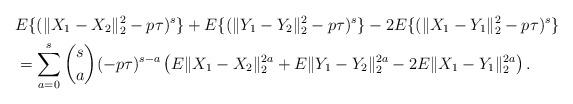
LaTeX: \begin{align*}&E\{(\|X_{1}-X_{2}\|_{2}^{2}-p\tau)^{s}\}+E\{(\|Y_{1}-Y_{2}\|_{2}^{2}-p\tau)^{s}\}-2E\{(\|X_{1}-Y_{1}\|_{2}^{2}-p\tau)^{s}\}\\&=\sum^{s}_{a=0}\binom{s}{a}(-p\tau)^{s-a}\left(E\|X_1- X_2\|^{2a}_2+E\|Y_1-Y_2\|^{2a}_2-2E\|X_1- Y_1\|^{2a}_2\right).\end{align*}